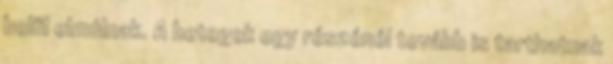
belül elmúlnak. A betegek egy részénél tovább is tarthatnak